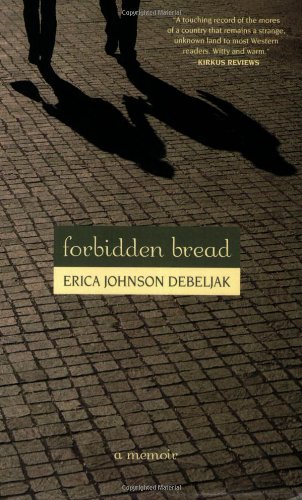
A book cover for Forbidden Bread; Erica Johnson Debeljak; Travel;